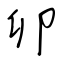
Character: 卯